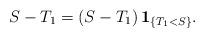
LaTeX: \begin{align*}S - T_1 = \left(S - T_1\right) \mathbf{1}_{\{T_1 < S\}}.\end{align*}